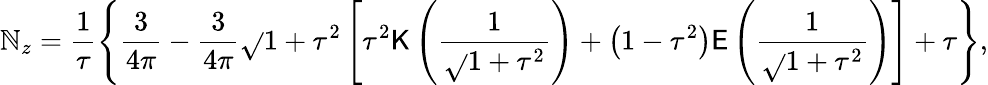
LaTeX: \mathbb{N}_{z}=\frac{{1}}{{\tau}}\left\{ \frac{{3}}{{4\pi}}-\frac{{3}}{{4\pi}}\sqrt{}{{1+\tau^{2}}}\left[\tau^{2}\mathsf{{K}}\left(\frac{{1}}{{\sqrt{}{{1+\tau^{2}}}}}\right)+\left(1-\tau^{2}\right)\mathsf{{E}}\left(\frac{{1}}{{\sqrt{}{{1+\tau^{2}}}}}\right)\right]+\tau\right\} ,